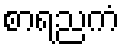
စာရညကံ